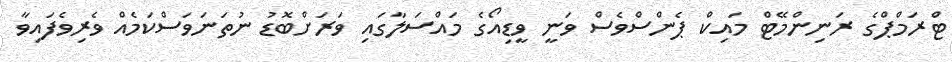
ޓްރަމްޕްގެ ރަނިންމޭޓް މައިކް ޕެންސްވެސް ވަނީ ވީޑިއޯގެ މައްސަލާގައި ވަރަށްބޮޑު ނުތަނަވަސްކަމެއް ވެރިވެފައިވާ